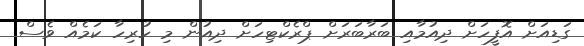
ގަޑިއަށް އޮފީހަށް ދިއުމާއި ބަރާބަރަށް ޕްރެކްޓިހަށް ދިއުން މި ހުރިހާ ކަމެއް ވެސް